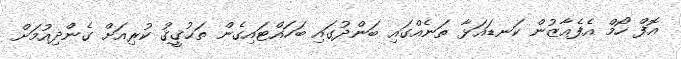
އޮފް ހޯމް އެފެއާޒުން ކަނޑައަޅާ ތަނެއްގައި ބަންދުގައި ބަހައްޓައިގެން ތަޙުޤީޤު ކުރިއަށް ގެންދިއުމަށް